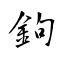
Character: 鉤